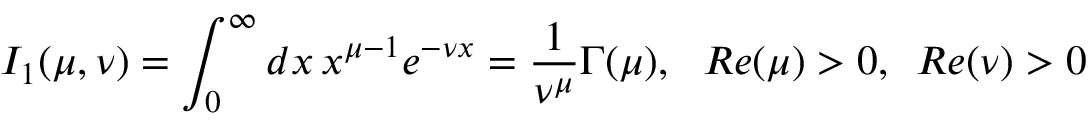
I _ { 1 } ( \mu , \nu ) = \int _ { 0 } ^ { \infty } d x \, x ^ { \mu - 1 } e ^ { - \nu x } = \frac 1 { \nu ^ { \mu } } \Gamma ( \mu ) , \, \, \, \, R e ( \mu ) > 0 , \, \, \, R e ( \nu ) > 0